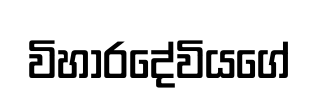
විහාරදේවියගේ